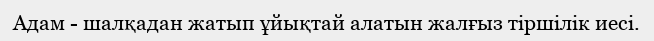
Адам - шалқадан жатып ұйықтай алатын жалғыз тіршілік иесі.